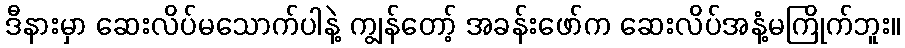
ဒီနားမှာ ဆေးလိပ်မသောက်ပါနဲ့ ကျွန်တော့် အခန်းဖော်က ဆေးလိပ်အနံ့မကြိုက်ဘူး။